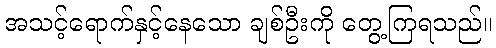
အသင့်ရောက်နှင့်နေသော ချစ်ဦးကို တွေ့ကြရသည်။